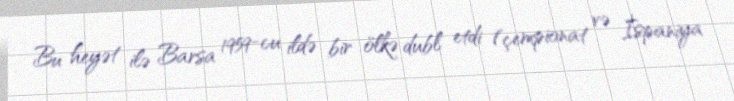
Bu heyət ilə Barsa 1959-cu ildə bir ölkə dubl etdi (çempionat və İspaniya